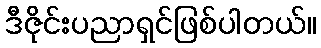
ဒီဇိုင်းပညာရှင်ဖြစ်ပါတယ်။